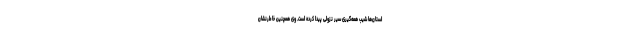
استان‌ها شیب همه‌گیری سیر نزولی پیدا کرده است. وی همچنین خاطرنشان